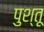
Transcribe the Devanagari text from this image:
पुश्‍तू